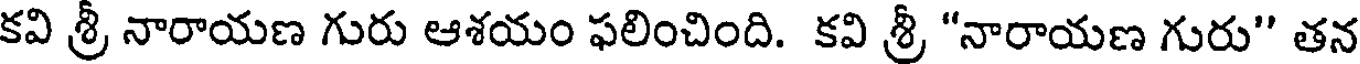
కవి శ్రీ నారాయణ గురు ఆశయం ఫలించింది. కవి శ్రీ "నారాయణ గురు" తన